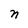
Character: n